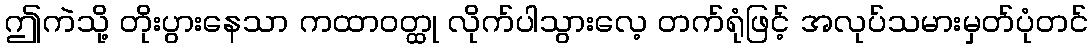
ဤကဲသို့ တိုးပွားနေသာ ကထာဝတ္ထု လိုက်ပါသွားလေ့ တက်ရုံဖြင့် အလုပ်သမားမှတ်ပုံတင်